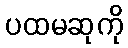
ပထမဆုကို